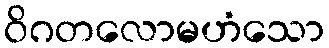
ဝိဂတလောမဟံသော